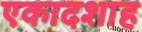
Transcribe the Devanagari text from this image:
एकादशाह